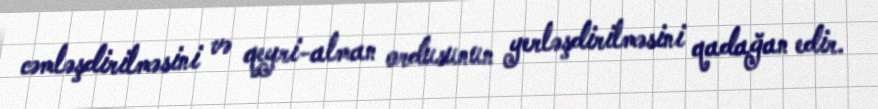
cəmləşdirilməsini və qeyri-alman ordusunun yerləşdirilməsini qadağan edir.